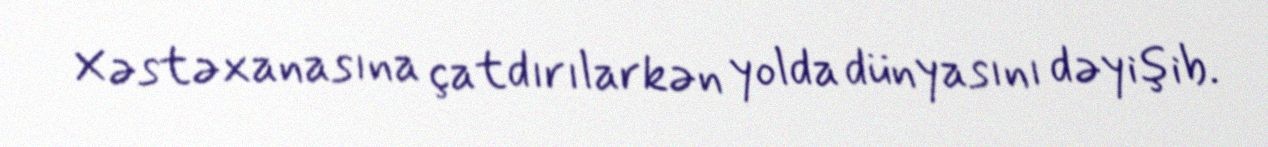
Xəstəxanasına çatdırılarkən yolda dünyasını dəyişib.